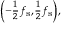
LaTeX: \scriptstyle \left( - { \frac { 1 } { 2 } } f _ { \mathrm { s } } , { \frac { 1 } { 2 } } f _ { \mathrm { s } } \right) ,